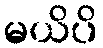
မယိပိ